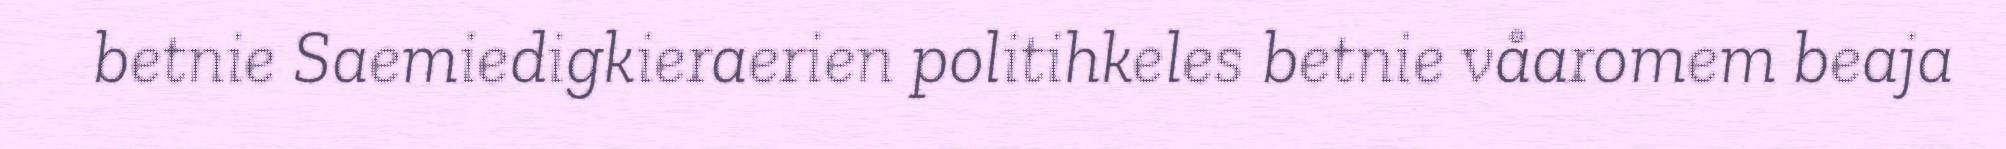
betnie Saemiedigkieraerien politihkeles betnie våaromem beaja